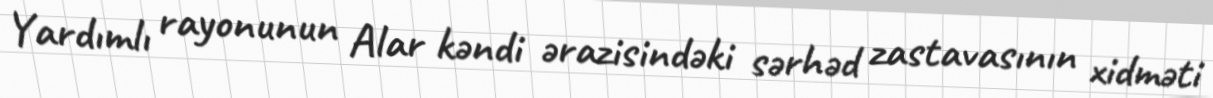
Yardımlı rayonunun Alar kəndi ərazisindəki sərhəd zastavasının xidməti